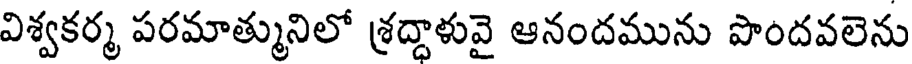
విశ్వకర్మ పరమాత్మునిలో శ్రద్దాళువై ఆనందమును పొందవలెను